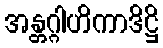
အန္တဂ္ဂါဟိကာဒိဋ္ဌိ